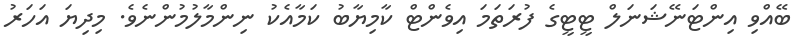
ބޭއްވި އިންޓަނޭޝަނަލް ޓީޓީގެ ފުރަތަމަ އިވެންޓް ކާމިޔާބު ކަމާއެކު ނިންމާލުމުންނެވެ. މިދިޔަ އަހަރު